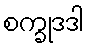
စက္ခုဒဒါ